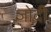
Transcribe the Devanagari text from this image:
जोदी